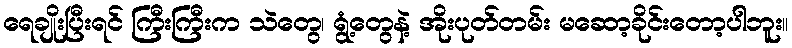
ရေချိုးပြီးရင် ကြီးကြီးက သဲတွေ၊ ရွံ့တွေနဲ့ အိုးပုတ်တမ်း မဆော့ခိုင်းတော့ပါဘူး။